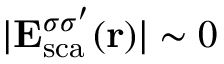
| { \bf E } _ { \mathrm { { s c a } } } ^ { \sigma \sigma ^ { \prime } } ( { \bf r } ) | \sim 0